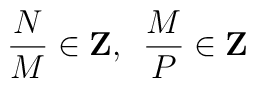
{N \over M} \in {\bf Z},\,\,\,{M \over P} \in {\bf Z}